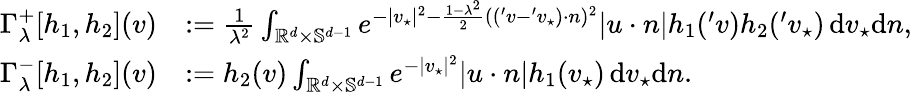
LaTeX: \begin{array}{rl}{\Gamma_{\lambda}^{+}[h_{1},h_{2}](v)}&{:=\frac{1}{\lambda^{2}}\int_{\mathbb R^{d}\times\mathbb{S}^{d-1}}e^{-\vert v_{\star}\vert^{2}-\frac{1-\lambda^{2}}{2}(({'v}-{'v_{\star}})\cdot n)^{2}}\vert u\cdot n\vert h_{1}({'v})h_{2}({'v_{\star}})\, \mathrm{d}v_{\star}\mathrm{d}n,}\\ {\Gamma_{\lambda}^{-}[h_{1},h_{2}](v)}&{:=h_{2}(v)\int_{\mathbb R^{d}\times\mathbb{S}^{d-1}}e^{-\vert v_{\star}\vert^{2}}\vert u\cdot n\vert h_{1}(v_{\star})\, \mathrm{d}v_{\star}\mathrm{d}n.}\end{array}